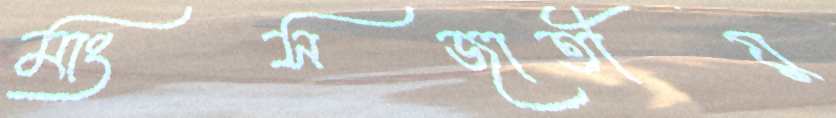
মাংসজাতীয়